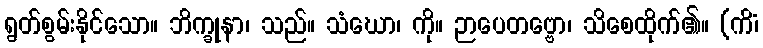
ရွတ်စွမ်းနိုင်သော။ ဘိက္ခုနာ၊ သည်။ သံဃော၊ ကို။ ဉာပေတဗ္ဗော၊ သိစေထိုက်၏။ (ကိံ၊